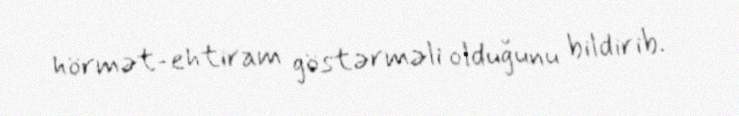
hörmət-ehtiram göstərməli olduğunu bildirib.